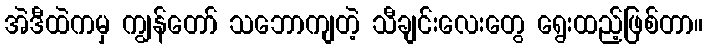
အဲဒီထဲကမှ ကျွန်တော် သဘောကျတဲ့ သီချင်းလေးတွေ ရွေးထည့်ဖြစ်တာ။